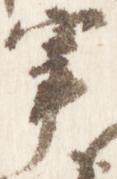
宰